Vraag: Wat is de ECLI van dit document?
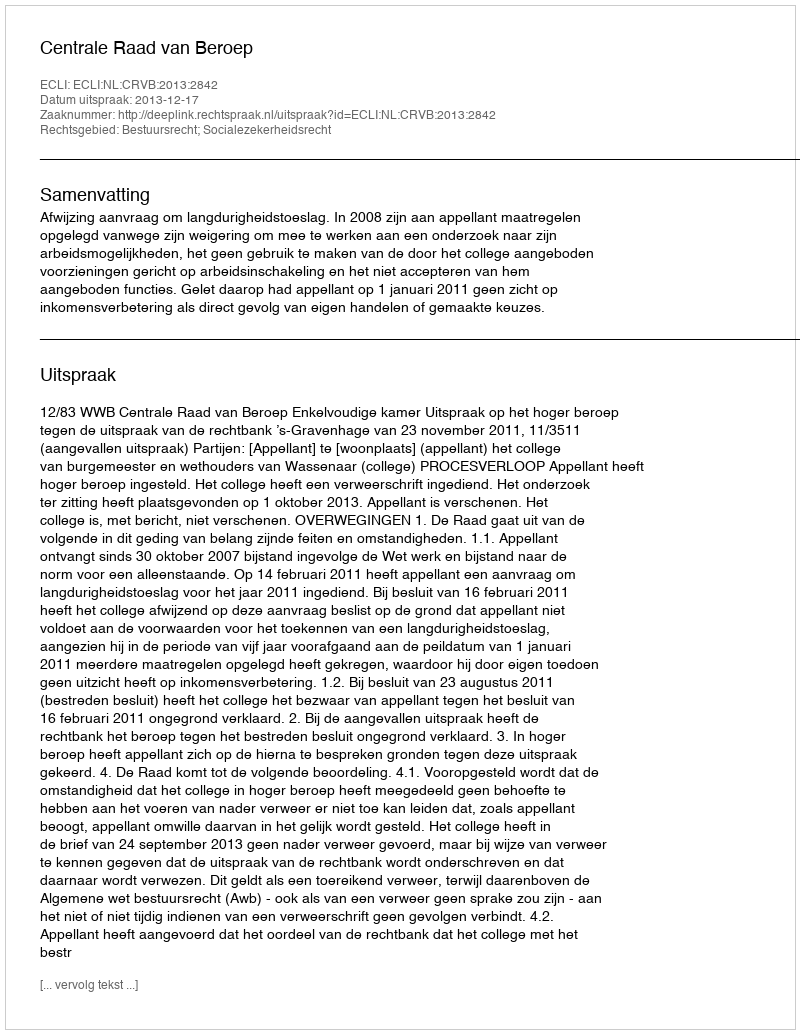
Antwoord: ECLI:NL:CRVB:2013:2842